Leaving Certificate Examination. English paper, 1924
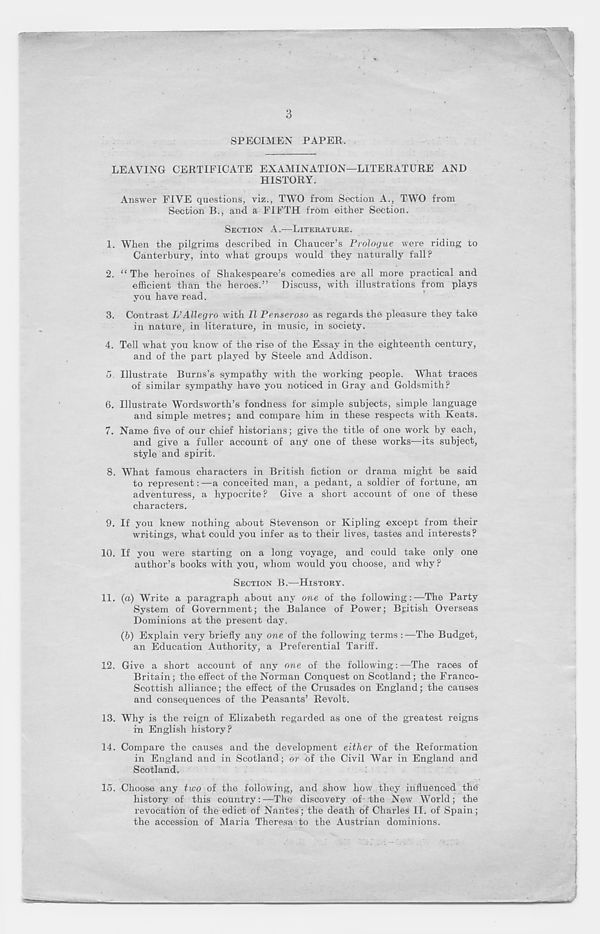
3
SPECIMEN PAPER.
LEAVING CERTIFICATE EXAMINATION—LITERATURE AND
HISTORY.
Answer FIVE questions, viz., TWO from Section A., TWO from
Section B., and a FIFTH from either Section.
SECTION A.—LITERATURE.
1. When the pilgrims described in Chaucer’s Prologue were riding to
Canterbury, into what groups would they naturally fall?
2. “The heroines of Shakespeare’s comedies are all more practical and
efficient than the heroes.” Discuss, with illustrations from plays
you have read.
3. Contrast L’Allegro with II Penseroso as regards the pleasure they take
in nature, in literature, in music, in society.
4. Tell what you know of the rise of the Essay in the eighteenth century,
and of the part played by Steele and Addison.
5. Illustrate Burns’s sympathy with the working people. What traces
of similar sympathy have you noticed in Gray and Goldsmith?
6. Illustrate Wordsworth’s fondness for simple subjects, simple language
and simple metres; and compare him in these respects with Keats.
7. Name five of our chief historians; give the title of one work by each,
and give a fuller account of any one of these works—its subject,
style and spirit.
8. What famous characters in British fiction or drama might be said
to represent:—a conceited man, a pedant, a soldier of fortune, an
adventuress, a hypocrite ? Give a short account of one of these
characters.
9. If you knew nothing about Stevenson or Kipling except from their
writings, what could you infer as to their lives, tastes and interests?
10. If you were starting on a long voyage, and could take only one
author’s books with you, whom would you choose, and why ?
SECTION B.—HISTORY.
11. (a) Write a paragraph about any one of the following:—The Party
System of Government; the Balance of Power; British Overseas
Dominions at the present day.
(6) Explain very briefly any one of the following terms : —The Budget,
an Education Authority, a Preferential Tariff.
12. Give a short account of any one of the following: —The races of
Britain; the effect of the Norman Conquest on Scotland; the Franco-
Scottish alliance; the effect of the Crusades on England; the causes
and consequences of the Peasants’ Revolt.
13. Why is the reign of Elizabeth regarded as one of the greatest reigns
in English history?
14. Compare the causes and the development either of the Reformation
in England and in Scotland; or of the Civil War in England and
Scotland.
15. Choose any two of the following, and show how they influenced the
history of this country:—The discovery of the New World; the
revocation of the edict of Nantes; the death of Charles II. of Spain;
the accession of Maria Theresa to the Austrian dominions.